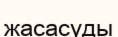
жасасуды